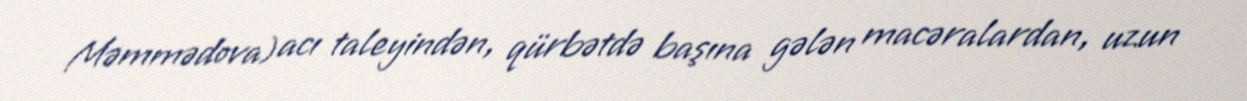
Məmmədova) acı taleyindən, qürbətdə başına gələn macəralardan, uzun